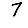
Digit: 7